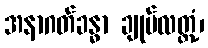
အနာဂတ်ခန္ဓာ ချုပ်လတ္တံ့၊